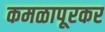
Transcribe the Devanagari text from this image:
कमळापूरकर